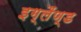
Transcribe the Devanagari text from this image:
इग्लैंण्ड